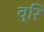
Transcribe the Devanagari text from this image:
व्रि